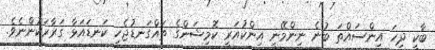
ބާކީ ދިހަ އިންސައްތަ ބުނެ ނިންމޭނީ އިންކުއަރީ ކޮމިޝަންގެ ތައްގަނޑުޖެހި ކަނޑައަޅާ ގަރާރަކުންނެވެ.